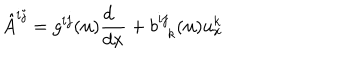
{ \hat { A } } ^ { i j } = g ^ { i j } ( { \bf u } ) { \frac { d \phantom { x } } { d x } } + b _ { \phantom { i j } k } ^ { i j } ( { \bf u } ) u _ { x } ^ { k }